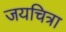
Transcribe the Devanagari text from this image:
जयचित्रा